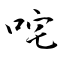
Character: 咤